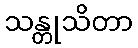
သန္တုသိတာ